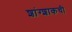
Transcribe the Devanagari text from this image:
शांग्शाकची